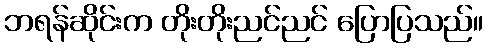
ဘရန်ဆိုင်းက တိုးတိုးညင်ညင် ပြောပြသည်။